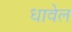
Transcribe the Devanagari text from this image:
धावेल